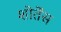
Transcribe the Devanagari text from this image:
शोर्तेंस